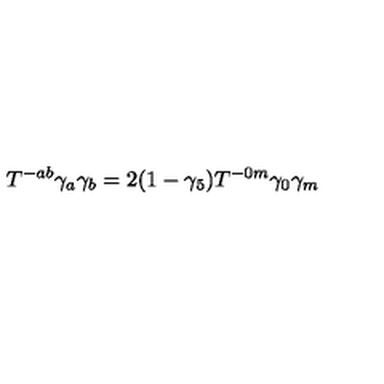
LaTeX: T ^ { - a b } \gamma _ { a } \gamma _ { b } = 2 ( 1 - \gamma _ { 5 } ) T ^ { - 0 m } \gamma _ { 0 } \gamma _ { m }